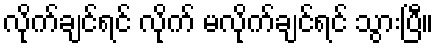
လိုက်ချင်ရင် လိုက် မလိုက်ချင်ရင် သွားပြီ။